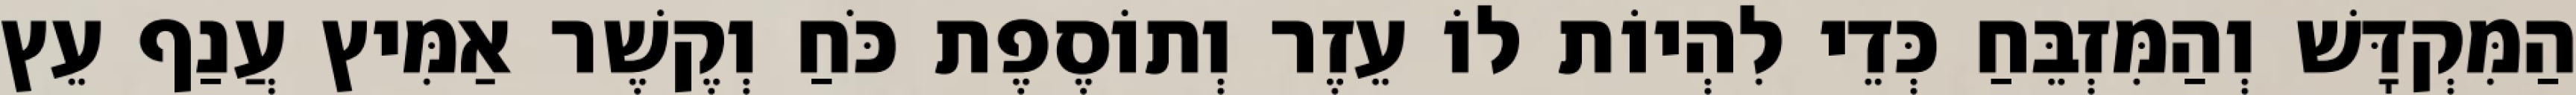
הַמִּקְדָּשׁ וְהַמִּזְבֵּחַ כְּדֵי לִהְיוֹת לוֹ עֵזֶר וְתוֹסֶפֶת כֹּחַ וְקֶשֶׁר אַמִּיץ עֲנַף עֵץ